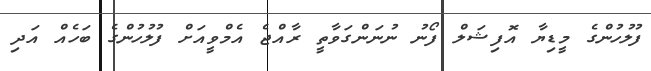
ފުލުހުންގެ މީޑިޔާ އޮފިޝަލް ފޯނު ނުނަންގަވާތީ ރާއްޖެ އެމްވީއަށް ފުލުހުންގެ ބަހެއް އަދި